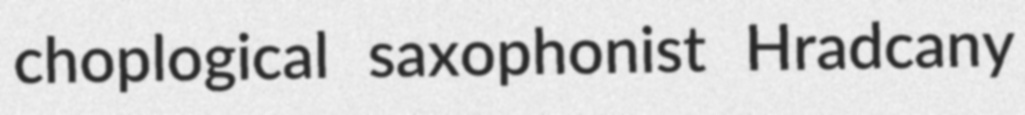
choplogical saxophonist Hradcany